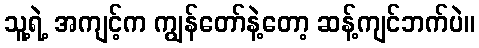
သူ့ရဲ့ အကျင့်က ကျွန်တော်နဲ့တော့ ဆန့်ကျင်ဘက်ပဲ။